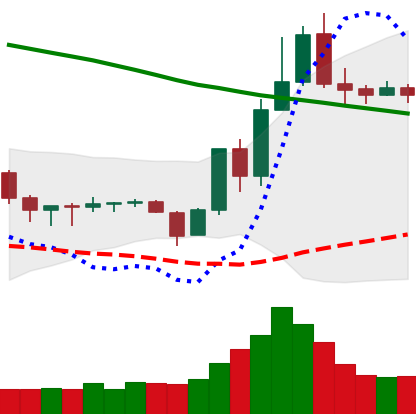
Ticker: TRX-USD
Chart end date: 2019-11-03
Forward return: -4.599%
Label: down_3_5